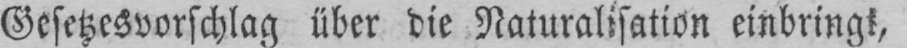
Gesetzesvorschlag über die Naturalisation einbringt,